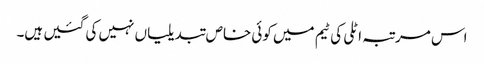
اس مرتبہ اٹلی کی ٹیم میں کوئی خاص تبدیلیاں نہیں کی گئیں ہیں۔